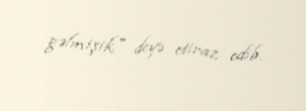
gəlmişik" deyə etiraz edib.